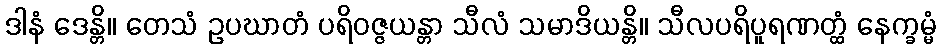
ဒါနံ ဒေန္တိ။ တေသံ ဥပဃာတံ ပရိဝဇ္ဇယန္တာ သီလံ သမာဒိယန္တိ။ သီလပရိပူရဏတ္ထံ နေက္ခမ္မံ